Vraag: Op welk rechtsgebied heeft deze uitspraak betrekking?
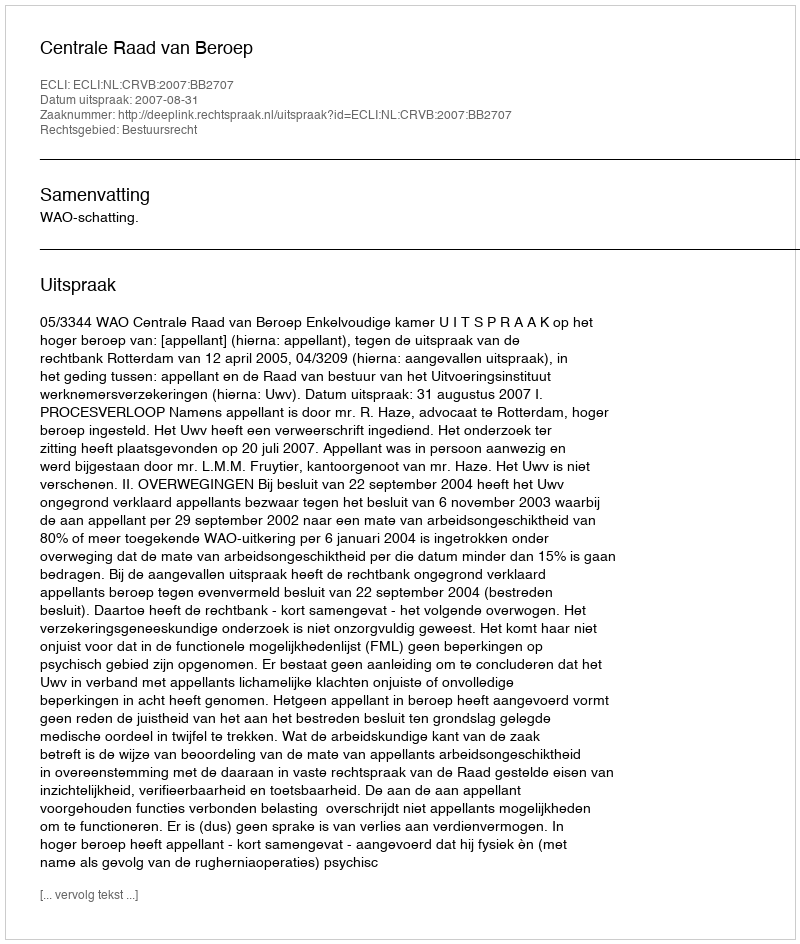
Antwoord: Bestuursrecht